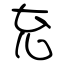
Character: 充